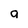
Character: g